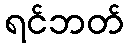
ရင်ဘတ်